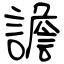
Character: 譫